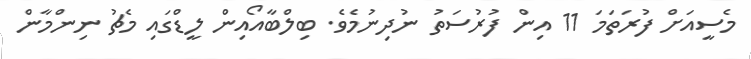
މެސީއަށް ފުރަތަމަ 11 އިން ފުރުސަތު ނުދިނުމެވެ. ބިލްބާއޯއިން ލީޑްގައި މެޗު ނިންމާން